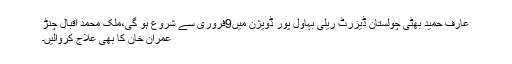
عارف حمید بھٹی چولستان ڈیزرٹ ریلی بہاول پور ڈویژن میں9فروری سے شروع ہو گی،ملک محمد اقبال چنڑ
عمران خان کا بھی علاج کروالیں۔